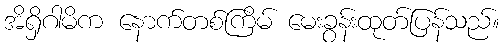
အိရှိဂါမိက နောက်တစ်ကြိမ် မေးခွန်းထုတ်ပြန်သည်။